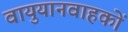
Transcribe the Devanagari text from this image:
वायुयानवाहकों